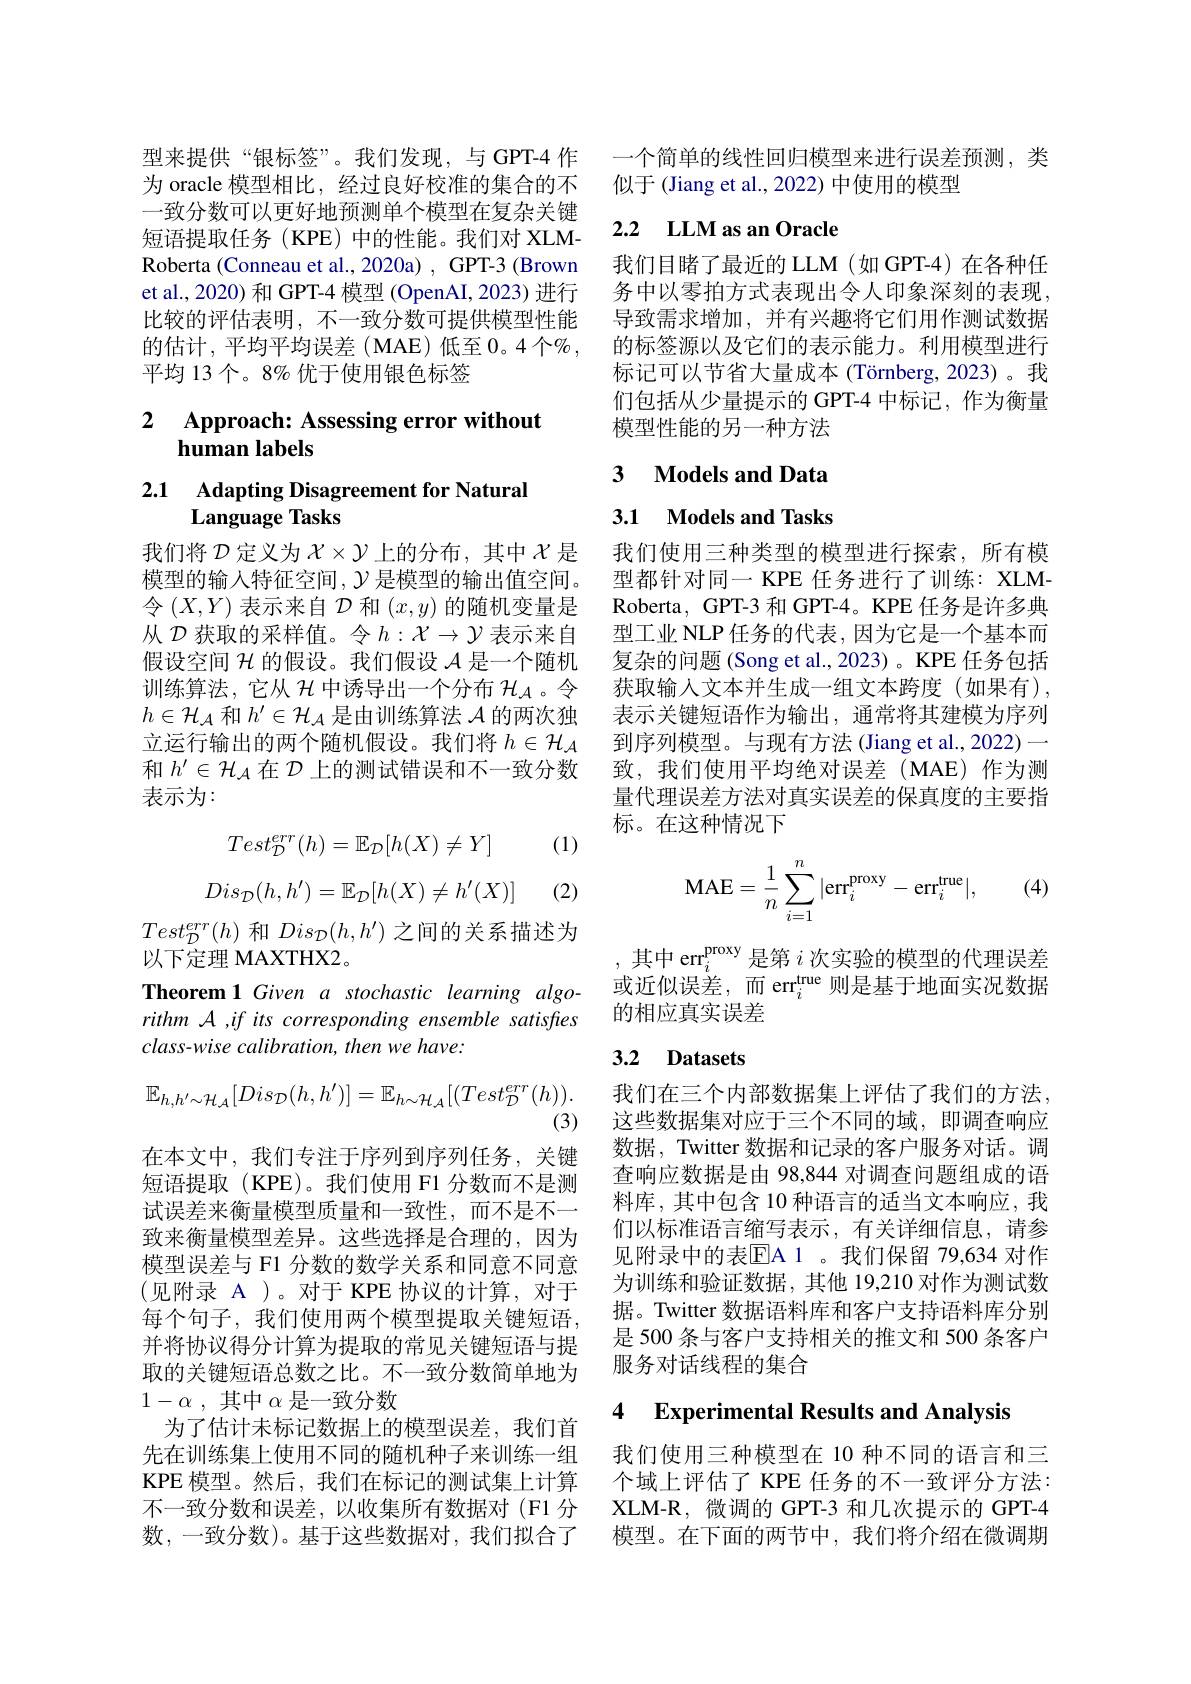
型来提供“银标签”。我们发现，与 GPT-4 作为 oracle 模型相比，经过良好校准的集合的不一致分数可以更好地预测单个模型在复杂关键短语提取任务(KPE)中的性能。我们对 XLMRoberta (Conneau et al., 2020a) , GPT-3 (Brown et al., 2020) 和 GPT-4 模型 (OpenAI, 2023) 进行比较的评估表明，不一致分数可提供模型性能的估计，平均平均误差(MAE)低至0。4个$\%$, 平均 13 个。8% 优于使用银色标签

## 2 Approach: Assessing error without human labels

2.1 Adapting Disagreement for Natural
# Language Tasks

我们将$\mathcal{D}$定义为$\mathcal{X}\times\mathcal{Y}$上的分布，其中$\mathcal{X}$是模型的输入特征空间$,\mathcal{Y}$是模型的输出值空间。令$(X,Y)$表示来自$\mathcal{D}$和$(x,y)$的随机变量是从$\mathcal{D}$获取的采样值。令$h:\mathcal{X}\to\mathcal{Y}$表示来自假设空间$\mathcal{H}$的假设。我们假设$\mathcal{A}$是一个随机训练算法，它从$\mathcal{H}$中诱导出一个分布 $\mathcal{H}_\mathcal{A}$。令$h\in\mathcal{H}_\mathcal{A}$和$h^\prime\in\mathcal{H}_\mathcal{A}$是由训练算法$\mathcal{A}$的两次独立运行输出的两个随机假设。我们将$h\in\mathcal{H}_\mathcal{A}$ 和$h^{\prime}\in\mathcal{H}_{\mathcal{A}}$在$\mathcal{D}$上的测试错误和不一致分数表示为：

(1)
$$Test_{\mathcal{D}}^{err}(h)=\mathbb{E}_{\mathcal{D}}[h(X)\neq Y]$$
$$Dis_{\mathcal{D}}(h,h')=\mathbb{E}_{\mathcal{D}}[h(X)\neq h'(X)]$$
(2)

$Test_{\mathcal{D}}^{err}(h)$和$Dis_\mathcal{D}(h,h^{\prime})$之间的关系描述为
以下定理 MAXTHX2。
Theorem 1 Given a stochastic learning algorithm A , if its corresponding ensemble satisfies $class- wise\textit{ calibration, then we have: }$
$$\mathbb{E}_{h,h'\sim\mathcal{H}_{\mathcal{A}}}[Dis_{\mathcal{D}}(h,h')]=\mathbb{E}_{h\sim\mathcal{H}_{\mathcal{A}}}[(Test_{\mathcal{D}}^{err}(h)).$$
在本文中，我们专注于序列到序列任务，关键短语提取(KPE)。我们使用 F1 分数而不是测试误差来衡量模型质量和一致性，而不是不一致来衡量模型差异。这些选择是合理的，因为模型误差与 F1 分数的数学关系和同意不同意(见附录 A )。对于 KPE 协议的计算，对于每个句子，我们使用两个模型提取关键短语， 并将协议得分计算为提取的常见关键短语与提取的关键短语总数之比。不一致分数简单地为$1- \alpha$ , 其中$\alpha$是一致分数
为了估计未标记数据上的模型误差，我们首先在训练集上使用不同的随机种子来训练一组KPE 模型。然后，我们在标记的测试集上计算 个域上评估了 KPE 任务的不一致评分方法： 不一致分数和误差，以收集所有数据对(F1 分 XLM-R,微调的 GPT-3 和几次提示的 GPT-4数，一致分数)。基于这些数据对，我们拟合了

一个简单的线性回归模型来进行误差预测，类
似于 (Jiang et al., 2022) 中使用的模型

# 2.2 $\textbf{LLM as an Oracle}$

我们目睹了最近的 LLM(如 GPT-4)在各种任务中以零拍方式表现出令人印象深刻的表现， 导致需求增加，并有兴趣将它们用作测试数据的标签源以及它们的表示能力。利用模型进行标记可以节省大量成本 (Törnberg,2023)。我们包括从少量提示的 GPT-4 中标记，作为衡量模型性能的另一种方法

## 3 $\textbf{Models and Data}$

## 3.1 $\textbf{Models and Tasks}$

我们使用三种类型的模型进行探索，所有模型都针对同一 KPE 任务进行了训练：XLMRoberta, GPT-3 和 GPT-4。KPE 任务是许多典型工业 NLP 任务的代表，因为它是一个基本而复杂的问题(Song et al., 2023)。KPE 任务包括获取输入文本并生成一组文本跨度(如果有), 表示关键短语作为输出，通常将其建模为序列到序列模型。与现有方法(Jiang et al., 2022)— 致，我们使用平均绝对误差(MAE)作为测量代理误差方法对真实误差的保真度的主要指标。在这种情况下

(4)
$$\mathrm M\mathrm A\mathrm E=\dfrac1n\sum_{i=1}^n|\mathrm e\mathrm r\mathrm r_i^{\mathrm p\mathrm r\mathrm o\mathrm x\mathrm y}-\mathrm e\mathrm r\mathrm r_i^{\mathrm t\mathrm r\mathrm u\mathrm e}|,$$
其中 err$_i^\mathrm{proxy}$是第$i$次实验的模型的代理误差或近似误差，而 err$_i^\mathrm{true}$则是基于地面实况数据的相应真实误差

# 3.2 Datasets

我们在三个内部数据集上评估了我们的方法， 这些数据集对应于三个不同的域，即调查响应数据，Twitter 数据和记录的客户服务对话。调查响应数据是由 98,844 对调查问题组成的语料库，其中包含 10 种语言的适当文本响应，我们以标准语言缩写表示，有关详细信息，请参见附录中的表$\overline{\mathrm{EA~1~}}$。我们保留 79,634 对作为训练和验证数据，其他 19,210 对作为测试数据。Twitter 数据语料库和客户支持语料库分别是 500 条与客户支持相关的推文和 500 条客户服务对话线程的集合

4 Experimental Results and Analysis

我们使用三种模型在 10 种不同的语言和三模型。在下面的两节中，我们将介绍在微调期